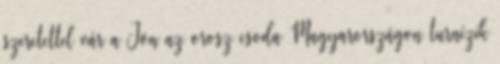
szeretettel vár a Jön az orosz csoda Magyarországon turnézik